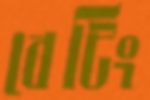
বেটিং